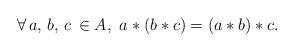
LaTeX: \begin{align*}\forall\,a,\,b,\,c\,\in A,\ a\ast(b\ast c)=(a\ast b)\ast c. \end{align*}